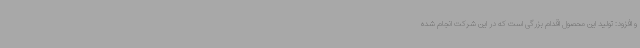
و افزود: تولید این محصول اقدام بزرگی است که در این شرکت انجام شده